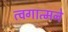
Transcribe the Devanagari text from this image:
त्वगात्मने